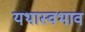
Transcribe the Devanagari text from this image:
यथास्वभाव